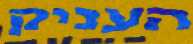
העניק